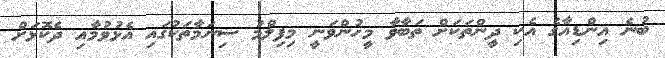
ބުނެ އިންޑިއާގެ އެކި ދީންތަކަށް ތަބާވާ މީހުންވަނީ މިފިލްމު ސިނަމާތަކުގައި އެޅުވުމާއި ދެކޮޅަށް